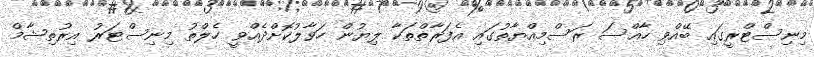
މިނިސްޓްރީގައި ބޭއްވި ހާއްސަ ރަސްމިއްޔާތުގައި އެފަރާތްތަކާ ލިޔުން ހަވާލުކޮށްދެއްވީ ހެލްތު މިނިސްޓަރު އިރުތިޝާމް